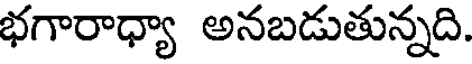
భగారాధ్యా అనబడుతున్నది.